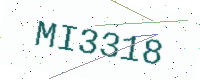
Text: MI3318